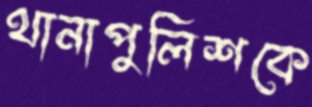
থানাপুলিশকে